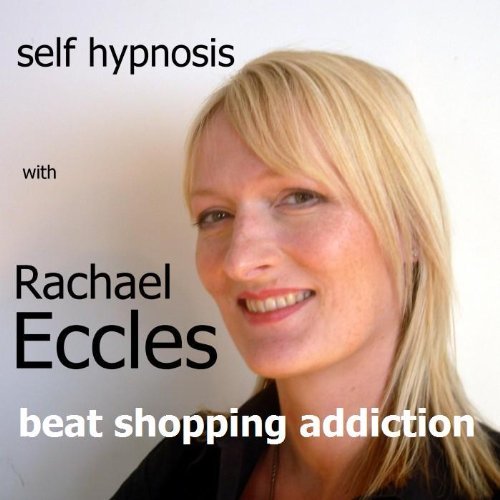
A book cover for Beat Shopping Addiction: Shopaholic Self Hypnosis, Hypnotherapy CD; Rachael Eccles; Health, Fitness & Dieting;